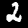
Label: 2